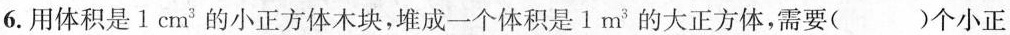
6.用体积是1cm^{3}的小正方体木块，堆成一个体积是1m^{3}的大正方体，需要( )个小正